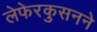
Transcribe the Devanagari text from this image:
लेफेरकुसनने